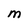
Character: M